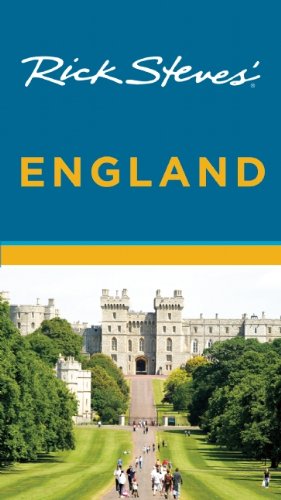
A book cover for Rick StevesEE England; Rick Steves; History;